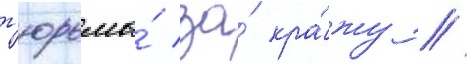
т'юрьмы́ за́ кра́жу //